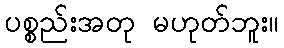
ပစ္စည်းအတု မဟုတ်ဘူး။